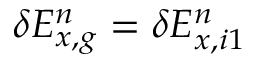
\delta E _ { x , g } ^ { n } = \delta E _ { x , i 1 } ^ { n }